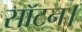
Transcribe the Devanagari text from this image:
सॉटन।